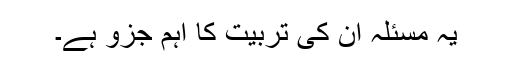
یہ مسئلہ ان کی تربیت کا اہم جزو ہے۔